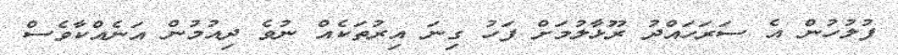
ފުލުހުން އެ ސަރަހައްދު ރޫޅާލުމަށް ފަހު ގިނަ އިރުތަކެއް ނުވެ ދިއުމުން އަނެއްކާވެސް